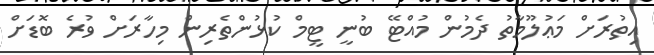
އިތުރަށް މަޢުލޫމާތު ދެމުން މުއްޓޭ ބުނީ ޓީމް ކުޅުންތެރިން މިހާރަށް ވުރެ ބޮޑަށް